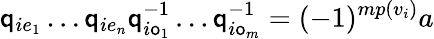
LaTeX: \mathsf{q}_{ie_{1}}\dots\mathsf{q}_{ie_{n}}\mathsf{q}_{i\mathsf{o}_{1}}^{-1}\dots\mathsf{q}_{i\mathsf{o}_{m}}^{-1}=(-1)^{mp(v_{i})}a